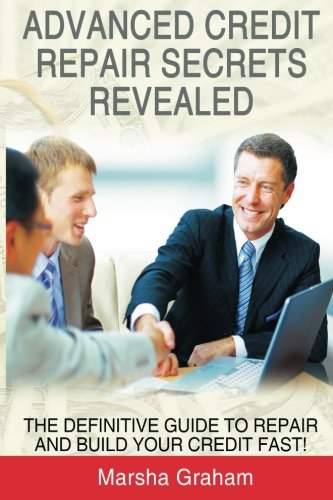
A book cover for Advanced Credit Repair Secrets Revealed: The Definitive Guide to Repair and Build Your Credit Fast; Marsha Graham; Law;